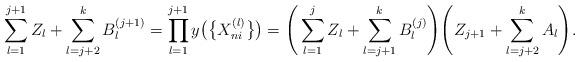
LaTeX: \begin{align*}\sum_{l=1}^{j+1}Z_l+\sum_{l=j+2}^kB_l^{(j+1)} &=\prod_{l=1}^{j+1}y\big(\bigl\{X_{ni}^{(l)}\bigr\}\big) =\Bigg(\sum_{l=1}^{j}Z_l+\sum_{l=j+1}^kB_l^{(j)}\Bigg)\Bigg(Z_{j+1}+\sum_{l=j+2}^kA_l\Bigg). \end{align*}